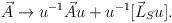
LaTeX: \begin{align*}\vec{A} \rightarrow u^{-1}\vec{A}u + u^{-1}[\vec{L}_S u] .\end{align*}